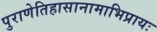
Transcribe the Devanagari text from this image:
पुराणेतिहासानामाभिप्रायः